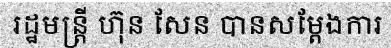
រដ្ឋមន្ត្រី ហ៊ុន សែន បានសម្តែងការ